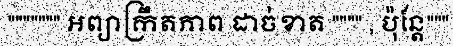
""""""" អព្យាក្រឹតភាព ដាច់ខាត """" , ប៉ុន្តែ"""